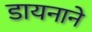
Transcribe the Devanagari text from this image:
डायनाने